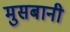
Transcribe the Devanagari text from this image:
मुसबानी